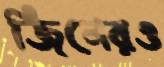
জিনেরও